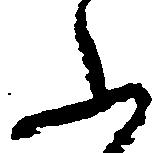
ふ